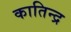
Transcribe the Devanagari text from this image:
कातिन्द्र